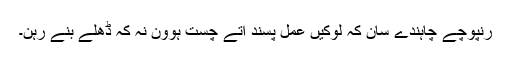
رنپوچے چاہندے سان کہ لوکیں عمل پسند اتے چُست ہوون نہ کہ ڈھلے بنے رہن۔